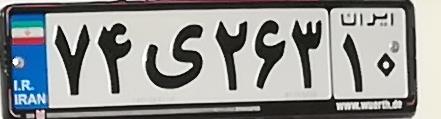
۷۴ی۲۶۳۱۰